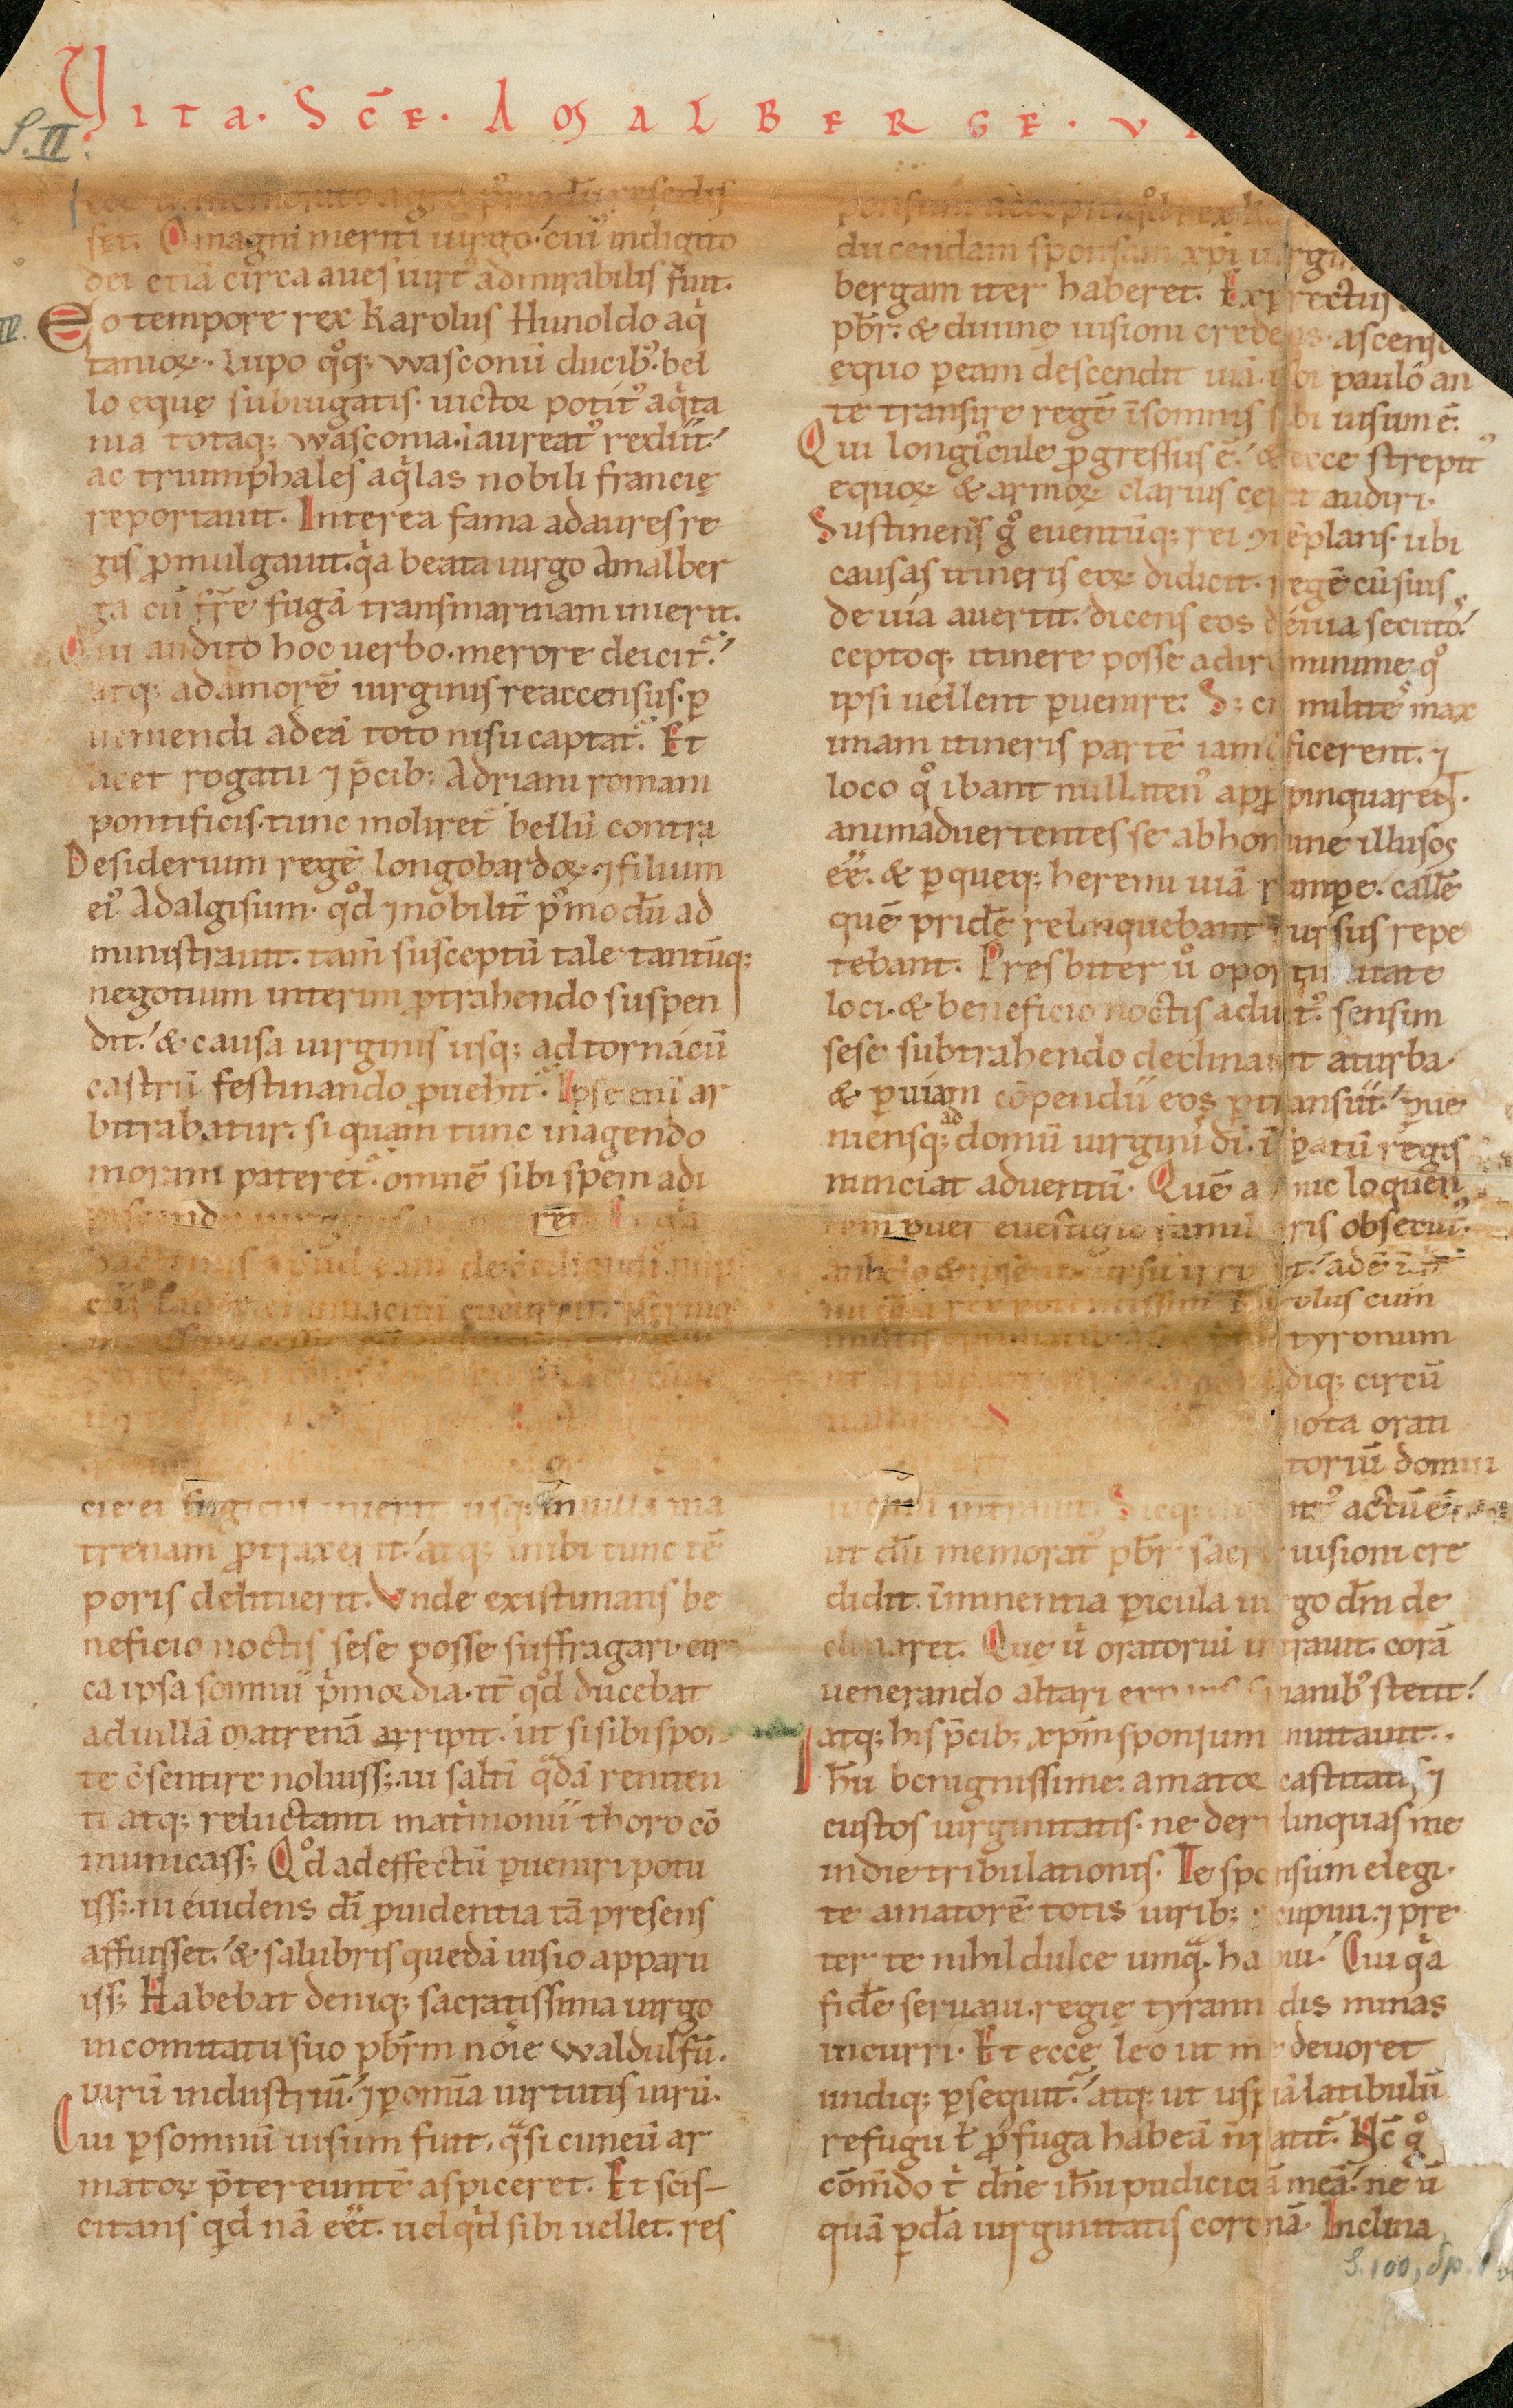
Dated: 1140–1170